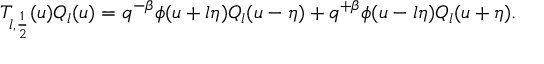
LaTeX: T _ { l , \frac 1 2 } ( u ) Q _ { l } ( u ) = q ^ { - \beta } \phi ( u + l \eta ) Q _ { l } ( u - \eta ) + q ^ { + \beta } \phi ( u - l \eta ) Q _ { l } ( u + \eta ) .